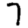
Digit: 7